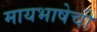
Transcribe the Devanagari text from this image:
मायभाषेची